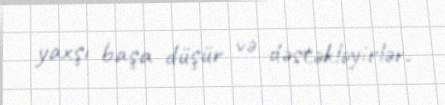
yaxşı başa düşür və dəstəkləyirlər.